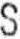
S